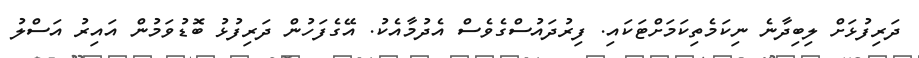
ދަރިފުޅަށް ލިބިދާނެ ނިކަމެތިކަމަށްޓަކައި. ފިރުދައުސްގެވެސް އެދުމާއެކު. އޭގެފަހުން ދަރިފުޅު ބޮޑުވަމުން އައިރު އަސްލު